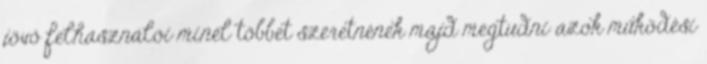
jövő felhasználói minél többet szeretnének majd megtudni azok működési